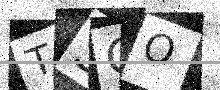
Text: TSQO